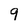
Character: 9